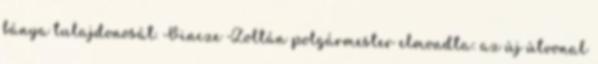
bánya tulajdonosát. Vincze Zoltán polgármester elmondta: az új útvonal